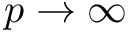
p \rightarrow \infty